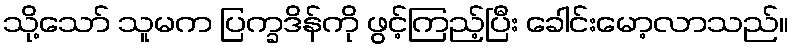
သို့သော် သူမက ပြက္ခဒိန်ကို ဖွင့်ကြည့်ပြီး ခေါင်းမော့လာသည်။